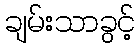
ချမ်းသာခွင့်